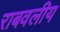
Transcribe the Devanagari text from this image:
राबवलीय